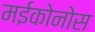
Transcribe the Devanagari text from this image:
मईकोनोस